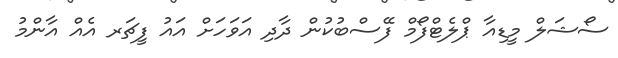
ސޯޝަލް މީޑިއާ ޕްލެޓްފޯމް ފޭސްބުކުން ދާދި އަވަހަށް އައު ފީޗަރ އެއް އާންމު